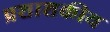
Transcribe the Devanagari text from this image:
प्रशाशकीय